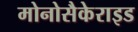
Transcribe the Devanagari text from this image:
मोनोसैकेराइड